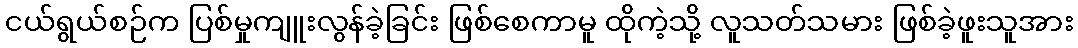
ငယ်ရွယ်စဉ်က ပြစ်မှုကျူးလွန်ခဲ့ခြင်း ဖြစ်စေကာမူ ထိုကဲ့သို့ လူသတ်သမား ဖြစ်ခဲ့ဖူးသူအား